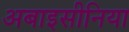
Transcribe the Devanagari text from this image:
अबाइसीनिया